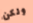
ولكن